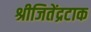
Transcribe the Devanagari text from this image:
श्रीजितेंद्रटाक